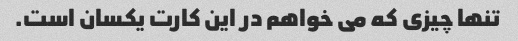
تنها چیزی که می خواهم در این کارت یکسان است.